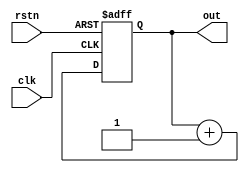
`timescale 1ns / 1ps

module fourbit_upcounter(
    input clk,      
    input rstn,               
    output reg[3:0] out
    );      
  
  always @ (posedge clk, negedge rstn) begin  
    if (! rstn)  
      out <= 0;  
    else  
      out <= out + 1;  
  end  
endmodule